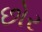
છોર